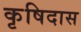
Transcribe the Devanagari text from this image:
कृषिदास